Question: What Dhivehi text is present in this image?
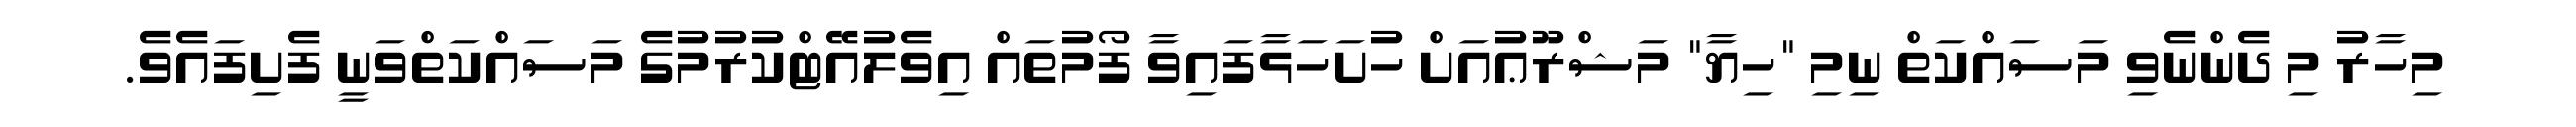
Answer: މިހާރު މި ދެންނެވި މަސައްކަތް ނިމި "ހިޔާ" މަޝްރޫޢުއަށް ހުށަހަޅާފައިވާ ފޯމުތައް އިވެލުއޭޓްކުރުމުގެ މަސައްކަތްވަނީ ފެށިފައެވެ.